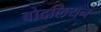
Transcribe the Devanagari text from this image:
बोदलियन